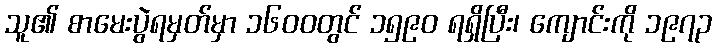
သူ၏ စာမေးပွဲရမှတ်မှာ ၁၆၀၀တွင် ၁၅၉၀ ရရှိပြီး၊ ကျောင်းကို ၁၉၇၃